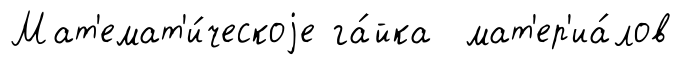
Мат'емат'и́ческоjе га́йка мат'ер'иа́лов